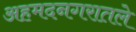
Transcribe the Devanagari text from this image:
अहमदनगरातले